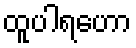
ထူပါရဟော